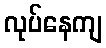
လုပ်နေကျ